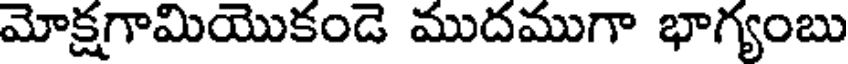
మోక్షగామియొకండె ముదముగా భాగ్యంబు